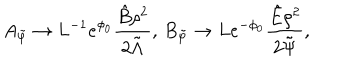
A _ { \tilde { \varphi } } \rightarrow L ^ { - 1 } e ^ { \phi _ { 0 } } \frac { \hat { B } \rho ^ { 2 } } { 2 \tilde { \Lambda } } , \, B _ { \tilde { \varphi } } \rightarrow L e ^ { - \phi _ { 0 } } \frac { \hat { E } \rho ^ { 2 } } { 2 \tilde { \Psi } } ,